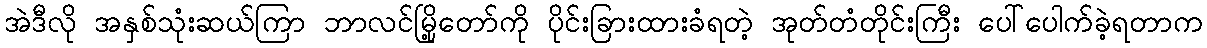
အဲဒီလို အနှစ်သုံးဆယ်ကြာ ဘာလင်မြို့တော်ကို ပိုင်းခြားထားခံရတဲ့ အုတ်တံတိုင်းကြီး ပေါ်ပေါက်ခဲ့ရတာက